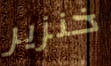
خنزير